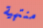
منتهية